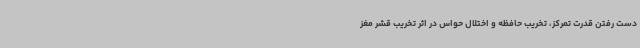
دست رفتن قدرت تمرکز، تخریب حافظه و اختلال حواس در اثر تخریب قشر مغز